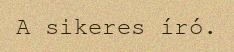
A sikeres író.